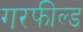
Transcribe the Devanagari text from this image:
गरफील्ड